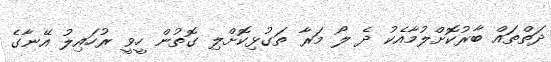
ދަތްތައް ބާރުކޮށްލުމާއެކު ދެ ލޯ މަރާ ތަގުޅިކޮށްލި ގޮތުން ހީވީ ރުހައިލު އޭނާގެ